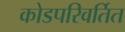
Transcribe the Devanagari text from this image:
कोडपरिवर्तित